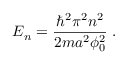
E _ { n } = \frac { \hbar ^ { 2 } \pi ^ { 2 } n ^ { 2 } } { 2 m a ^ { 2 } \phi _ { 0 } ^ { 2 } } \; .